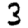
Digit: 3